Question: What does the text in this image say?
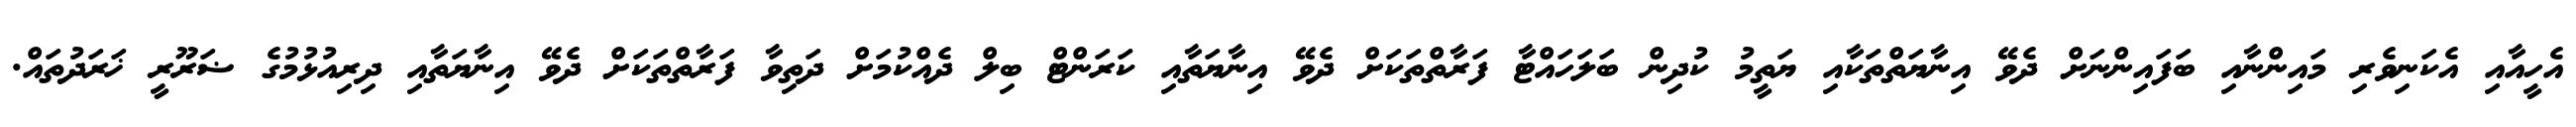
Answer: އެހީއާއި އެކަނިވެރި މައިންނާއި ބަފައިންނަށް ދެވޭ އިނާޔަތްތަކާއި ޔަތީމު ކުދިން ބަލަހައްޓާ ފަރާތްތަކަށް ދެވޭ އިނާޔަތާއި ކަރަންޓް ބިލް ދެއްކުމަށް ދަތިވާ ފަރާތްތަކަށް ދެވޭ އިނާޔަތާއި ދިރިއުޅުމުގެ ޟަރޫރީ ޚަރަދުތައް.